Civil Veterinary Department Bengal reports 1923-33 - 1923-1933
Year: 1923
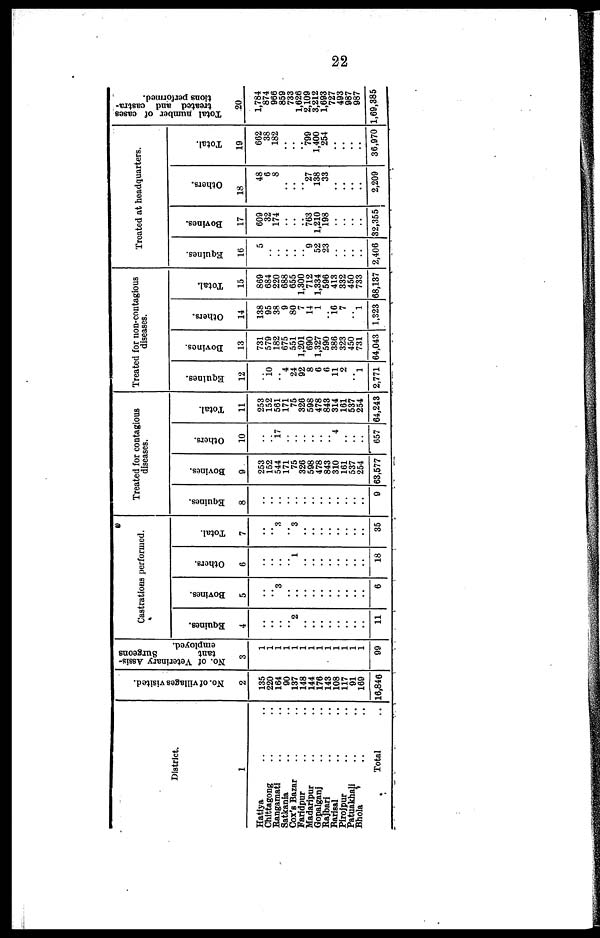
22
District.
1
Hatiya ..
Chittagong ..
Rangamati ..
Satkanla ..
Cox's Bazar
Faridpur ..
Madaripur ..
Gopalganj ..
Rajbari ..
Rarisal ..
Pirojpur ..
Patuakhalf ..
Bhola ..
Total
..
..
..
..
..
..
..
..
..
..
..
..
..
..
No. of villages visited.
2
135
220
104
90
137
148
144
176
143
108
117
9
169
16,846
No. of Veterinary Assis-
tant
Surgeons
employed.
3
..
..
..
..
..
..
..
..
..
..
..
..
..
99
Castrations performed.
Equines.
4
..
..
..
.. 2
..
..
..
..
..
..
..
..
11
Bovines.
5
..
.. 3
..
..
..
..
..
..
..
..
..
..
6
Others.
6
..
..
..
.. 1
..
..
..
..
..
..
..
..
18
Total.
7
..
.. 3
.. 3
..
..
..
..
..
..
..
..
35
Treated for contagious
diseases.
Equines.
8
..
..
..
..
..
..
..
..
..
..
..
..
..
9
Bovines.
9
253
152
544
171
75
326
598
478
843
310
161
537
254
63,577
Others.
10
..
.. 17
..
..
..
..
..
.. 4
..
..
..
657
Total.
11
253
152
561
171
75
326
598
478
843
314
161
537
254
64,243
Treated for non-contagious
diseases.
Equines.
12
10
4
24
92
8
6
6
11
2
1
2,771
Bovines.
13
731
579
182
675
551
1,201
690
1,327
590
386
323
450
731
64,043
Others.
14
138
95
38
9
80
7
14
1
.. 16 7
.. 1
1,323
Total.
15
869
684
220
688
655
1,300
712
1,334
596
413
332
450
733
68,137
Treated at headquarters.
Equines.
16
5
..
..
..
..
.. 9
52
23
..
..
..
..
2,406
Bovines.
17
609
32
174
..
..
.. 763
1,210
198
..
..
..
..
32,355
Others.
18
48
6
8
..
..
.. 27
138
33
..
..
..
..
2,209
Total.
19
662
38
182
..
..
.. 799
1,400
254
..
..
..
..
30,970
Total number of cases
treated and castra-
tions performed.
20
1,784
874
966
859
733
1,626
2,109
3,212
1,693
727
493
987
987
1,69,385